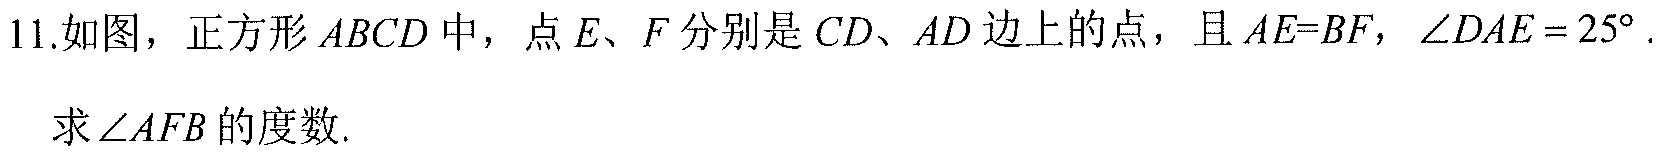
11.如图，正方形\(ABCD\)中，点\(E、F\)分别是\(CD、AD\)边上的点，且\(AE = BF\)，\(\angle DAE=25^{\circ}\).

求\(\angle AFB\)的度数.